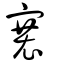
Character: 褰